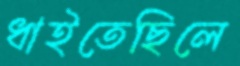
ধাইতেছিলে